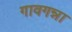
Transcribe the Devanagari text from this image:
गावगन्ना